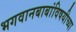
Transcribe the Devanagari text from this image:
भगवानबाबांविषयीच्या